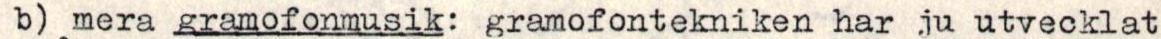
b) mera gramofonmusik: gramofontekniken har ju utvecklat